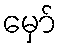
မှော်